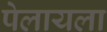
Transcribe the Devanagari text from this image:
पेलायला